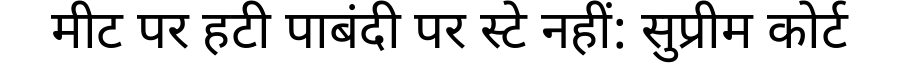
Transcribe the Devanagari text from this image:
मीट पर हटी पाबंदी पर स्टे नहीं: सुप्रीम कोर्ट